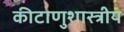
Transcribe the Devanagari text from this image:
कीटाणुशास्त्रीय